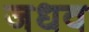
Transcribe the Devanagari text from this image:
जधव